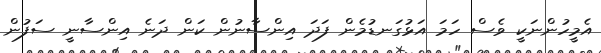
އެމީހުންނަކީ ވެސް ހަމަ އަޅުގަނޑުމެން ފަދަ އިންސާނުން ކަން ދަނެ އިންސާނީ ސަފުން